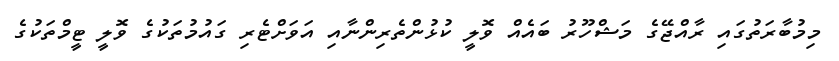
މިމުބާރަތުގައި ރާއްޖޭގެ މަޝްހޫރު ބައެއް ވޮލީ ކުޅުންތެރިންނާއި އަވަށްޓެރި ގައުމުތަކުގެ ވޮލީ ޓީމްތަކުގެ